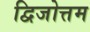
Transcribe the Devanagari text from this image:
द्विजोत्तम